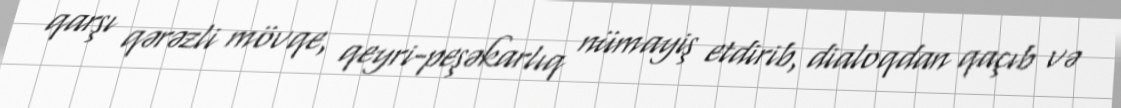
qarşı qərəzli mövqe, qeyri-peşəkarlıq nümayiş etdirib, dialoqdan qaçıb və